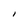
Character: l